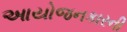
આયોજનકારની